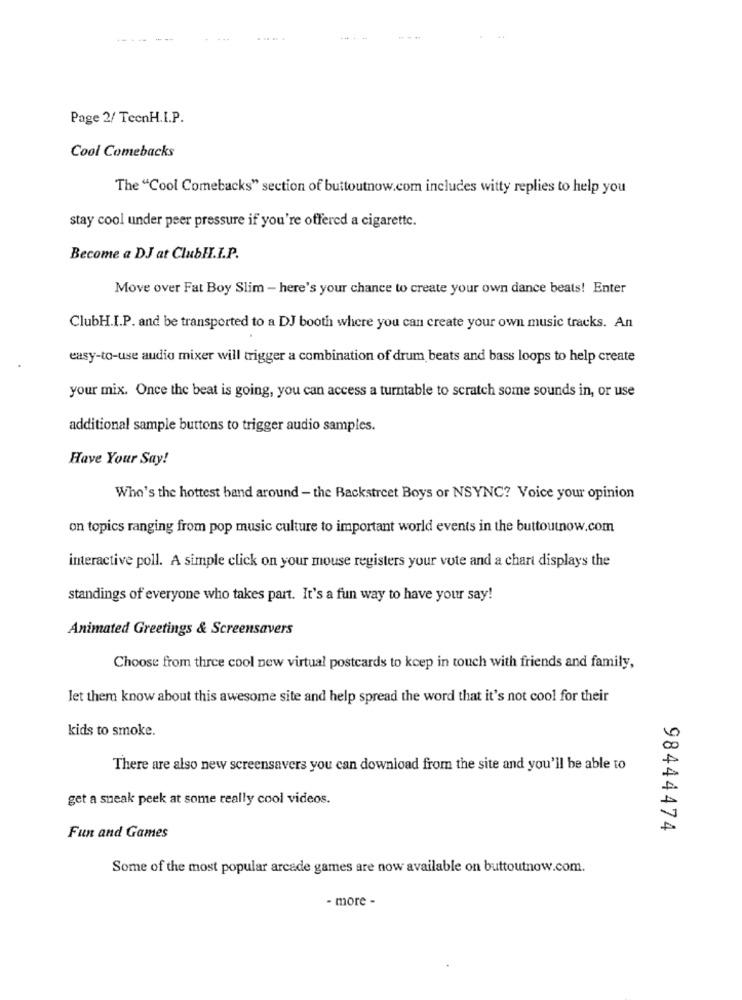
---- --
.. ...
Page 2/ TecnH.I.P.
Cool Comebacks
The "Cool Comebacks" section of buttoutnow.com includes witty replies to help you
stay cool under peer pressure if you're offered a cigarette.
Become a DJ at ClubII.I.P.
Move over Fat Boy Slim - here's your chance to create your own dance beats! Enter
ClubH.I.P. and be transported to a DJ booth where you can create your own music tracks. An
easy-to-use audio mixer will trigger a combination of drum beats and bass loops to help create
your mix. Once the beat is going, you can access a turntable to scratch some sounds in, or use
additional sample buttons to trigger audio samples.
Have Your Say!
Who's the hottest band around - the Backstreet Boys or NSYNC? Voice your opinion
on topics ranging from pop music culture to important world events in the buttoutnow.com
interactive poll. A simple click on your mouse registers your vote and a chart displays the
standings of everyone who takes part. It's a fun way to have your say!
Animated Greetings & Screensavers
Choose from three cool new virtual postcards to keep in touch with friends and family,
let them know about this awesome site and help spread the word that it's not cool for their
kids to smoke.
There are also new screensavers you can download from the site and you'll be able to
get a sneak peek at some really cool videos.
98444474
Fun and Games
Some of the most popular arcade games are now available on buttoutnow.com.
- more -